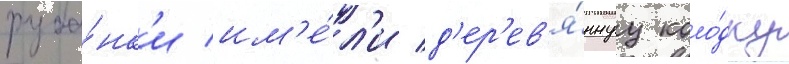
руба́нк'и им'е́л'и д'ер'ев'я́ннуу коло́дку